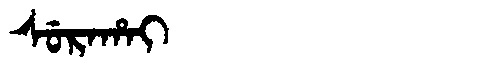
Manchu: ᠰᡠᡵᠠᡥᠠᡳ
Romanization: SURAHAI